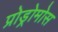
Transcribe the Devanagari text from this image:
प्रोड्रोमोस